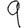
Digit: 9